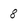
Character: 8